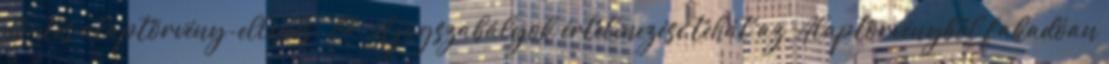
döntés alaptörvény-ellenes.” 14 „A jogszabályok értelmezése tehát az Alaptörvényből fakadóan